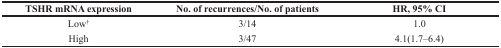
| TSHR mRNA expression | No. of recurrences/No. of patients | HR, 95% CI |
 | --- | --- | --- |
 | Low† | 3/14 | 1.0 |
 | High | 3/47 | 4.1(1.7–6.4) |